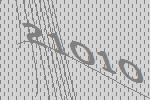
21010